Indian journal of veterinary science and animal husbandry - Volume 10,
Year: 1940
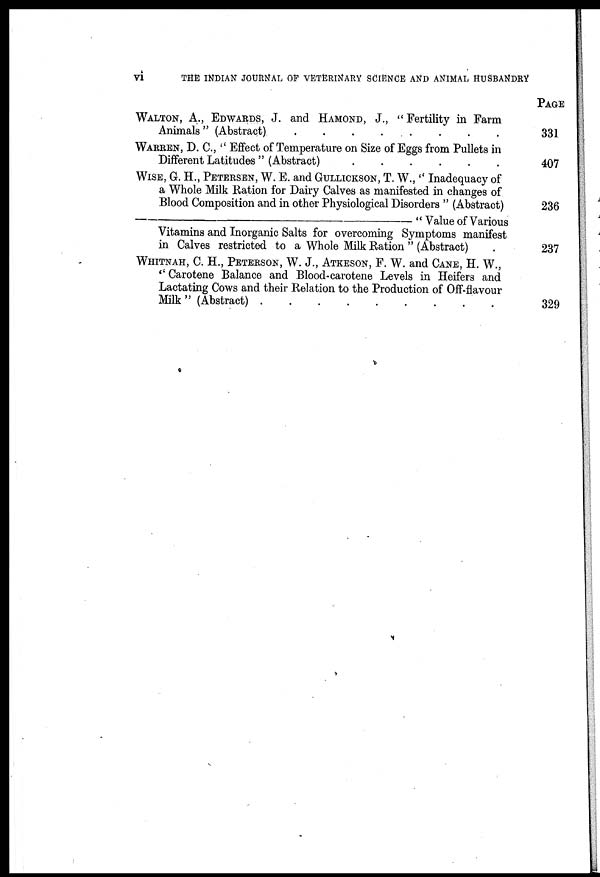
vi
THE INDIAN JOURNAL OF VETERINARY SCIENCE AND ANIMAL HUSBANDRY
WALTON, A., EDWARDS, J. and HAMOND, J., "Fertility in Farm
Animals " (Abstract)
.
.
.
.
.
.
.
.
WARREN, D. C., " Effect of Temperature on Size of Eggs from Pullets in
Different Latitudes " (Abstract)
.
.
.
.
.
.
.
.
WISE, G. H., PETERSEN, W. E. and GULLICKSON, T. W., " Inadequacy of
a Whole Milk Ration for Dairy Calves as manifested in changes of
Blood Composition and in other Physiological Disorders " (Abstract)
—"
Value of Various
Vitamins and Inorganic Salts for overcoming Symptoms manifest
in Calves restricted to a Whole Milk Ration " (Abstract) .
WHITNAH, C. H., PETERSON, W. J., ATKESON, F. W. and CANE, H. W.,
" Carotene Balance and Blood-carotene Levels in Heifers and
Lactating Cows and their Relation to the Production of Off-flavour
Milk " (Abstract)
.
.
.
.
.
.
.
.
PAGE
331
407
236
237
329